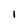
Character: 1